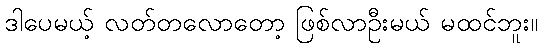
ဒါပေမယ့် လတ်တလောတော့ ဖြစ်လာဦးမယ် မထင်ဘူး။